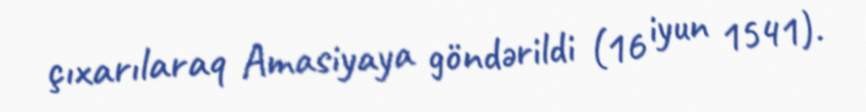
çıxarılaraq Amasiyaya göndərildi (16 iyun 1541).